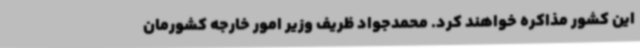
این کشور مذاکره خواهند کرد. محمدجواد ظریف وزیر امور خارجه کشورمان